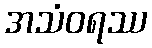
အသံဝရဿ